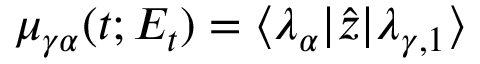
\mu _ { \gamma \alpha } ( t ; E _ { t } ) = \langle \lambda _ { \alpha } | \hat { z } | \lambda _ { \gamma , 1 } \rangle